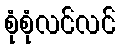
စုံစုံလင်လင်